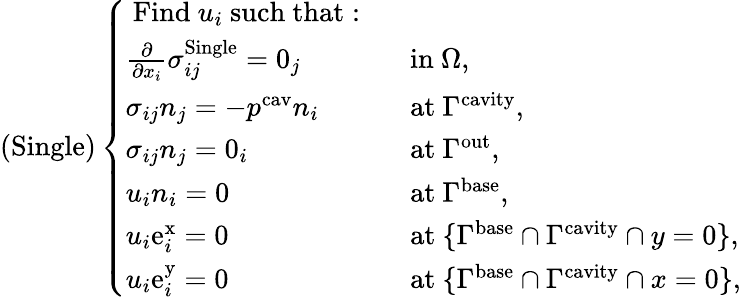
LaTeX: \left(\mathrm{Single}\right)\left\{ \begin{array}{ll}{\mathrm{~Find~}u_{i}\mathrm{~such~that:~}}&\\ {\frac{\partial}{\partial x_{i}}\sigma_{ij}^{\mathrm{Single}}=0_{j}}&{\mathrm{~in~}\Omega,}\\ {\sigma_{ij}n_{j}=-p^{\mathrm{cav}}n_{i}}&{\mathrm{~at~}\Gamma^{\mathrm{cavity}},}\\ {\sigma_{ij}n_{j}=0_{i}}&{\mathrm{~at~}\Gamma^{\mathrm{out}},}\\ {u_{i}n_{i}=0}&{\mathrm{~at~}\Gamma^{\mathrm{base}},}\\ {u_{i}\mathrm{e}_{i}^{\mathrm{x}}=0}&{\mathrm{~at~}\{ \Gamma^{\mathrm{base}}\cap\Gamma^{\mathrm{cavity}}\cap y=0\} ,}\\ {u_{i}\mathrm{e}_{i}^{\mathrm{y}}=0}&{\mathrm{~at~}\{ \Gamma^{\mathrm{base}}\cap\Gamma^{\mathrm{cavity}}\cap x=0\} ,}\end{array}\right.